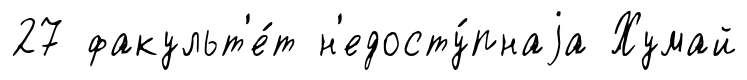
27 факульт'е́т н'едосту́пнаjа Хумай